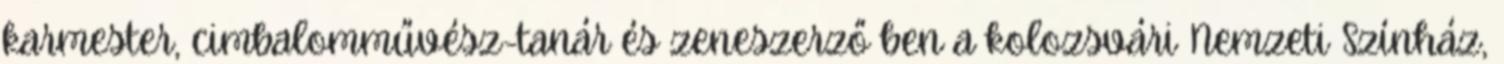
karmester, cimbalomművész-tanár és zeneszerző ben a kolozsvári Nemzeti Színház,